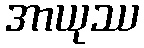
အာယုဿ